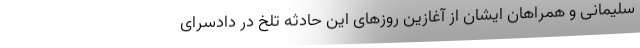
سلیمانی و همراهان ایشان از آغازین روزهای این حادثه تلخ در دادسرای